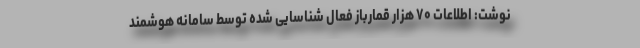
نوشت: اطلاعات ۷۰ هزار قمارباز فعال شناسایی شده توسط سامانه هوشمند